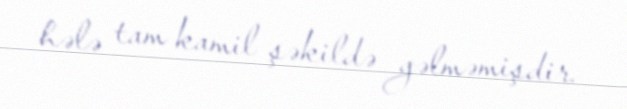
hələ tam kamil şəkildə gəlməmişdir.